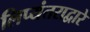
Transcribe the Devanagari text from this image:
लिप्यंतराद्वारे